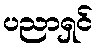
ပညာရှင်